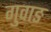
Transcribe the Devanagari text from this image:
गुवाङ